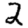
Digit: 2